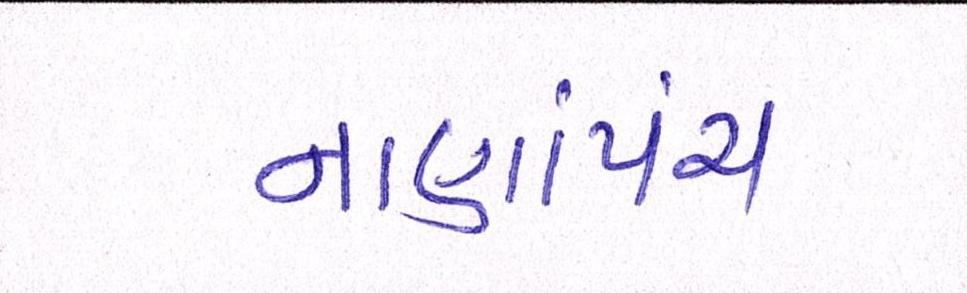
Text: નાણાંપંચ